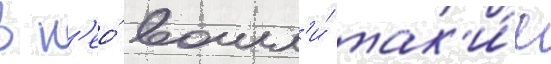
в н'ео́ вошл'и́ так'и́е